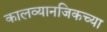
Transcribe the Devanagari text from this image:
कालव्यानजिकच्या